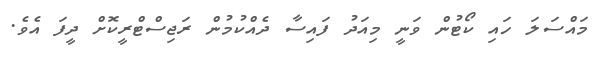
މައްސަލަ ހައި ކޯޓުން ވަނީ މިއަދު ފައިސާ ދެއްކުމުން ރަޖިސްޓްރީކޮށް ދީފަ އެވެ.